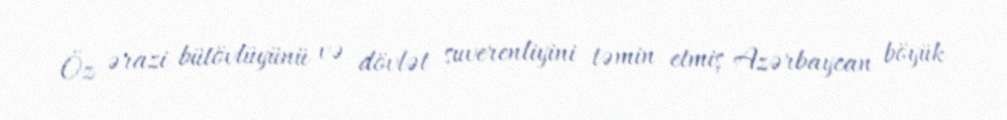
Öz ərazi bütövlüyünü və dövlət suverenliyini təmin etmiş Azərbaycan böyük